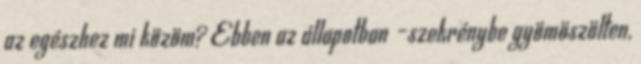
az egészhez mi közöm? Ebben az állapotban –szekrénybe gyömöszölten,